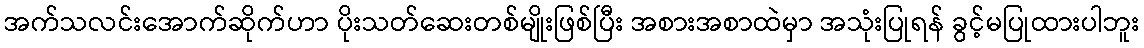
အက်သလင်းအောက်ဆိုက်ဟာ ပိုးသတ်ဆေးတစ်မျိုးဖြစ်ပြီး အစားအစာထဲမှာ အသုံးပြုရန် ခွင့်မပြုထားပါဘူး